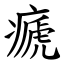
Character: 㾷